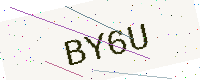
Text: BY6U